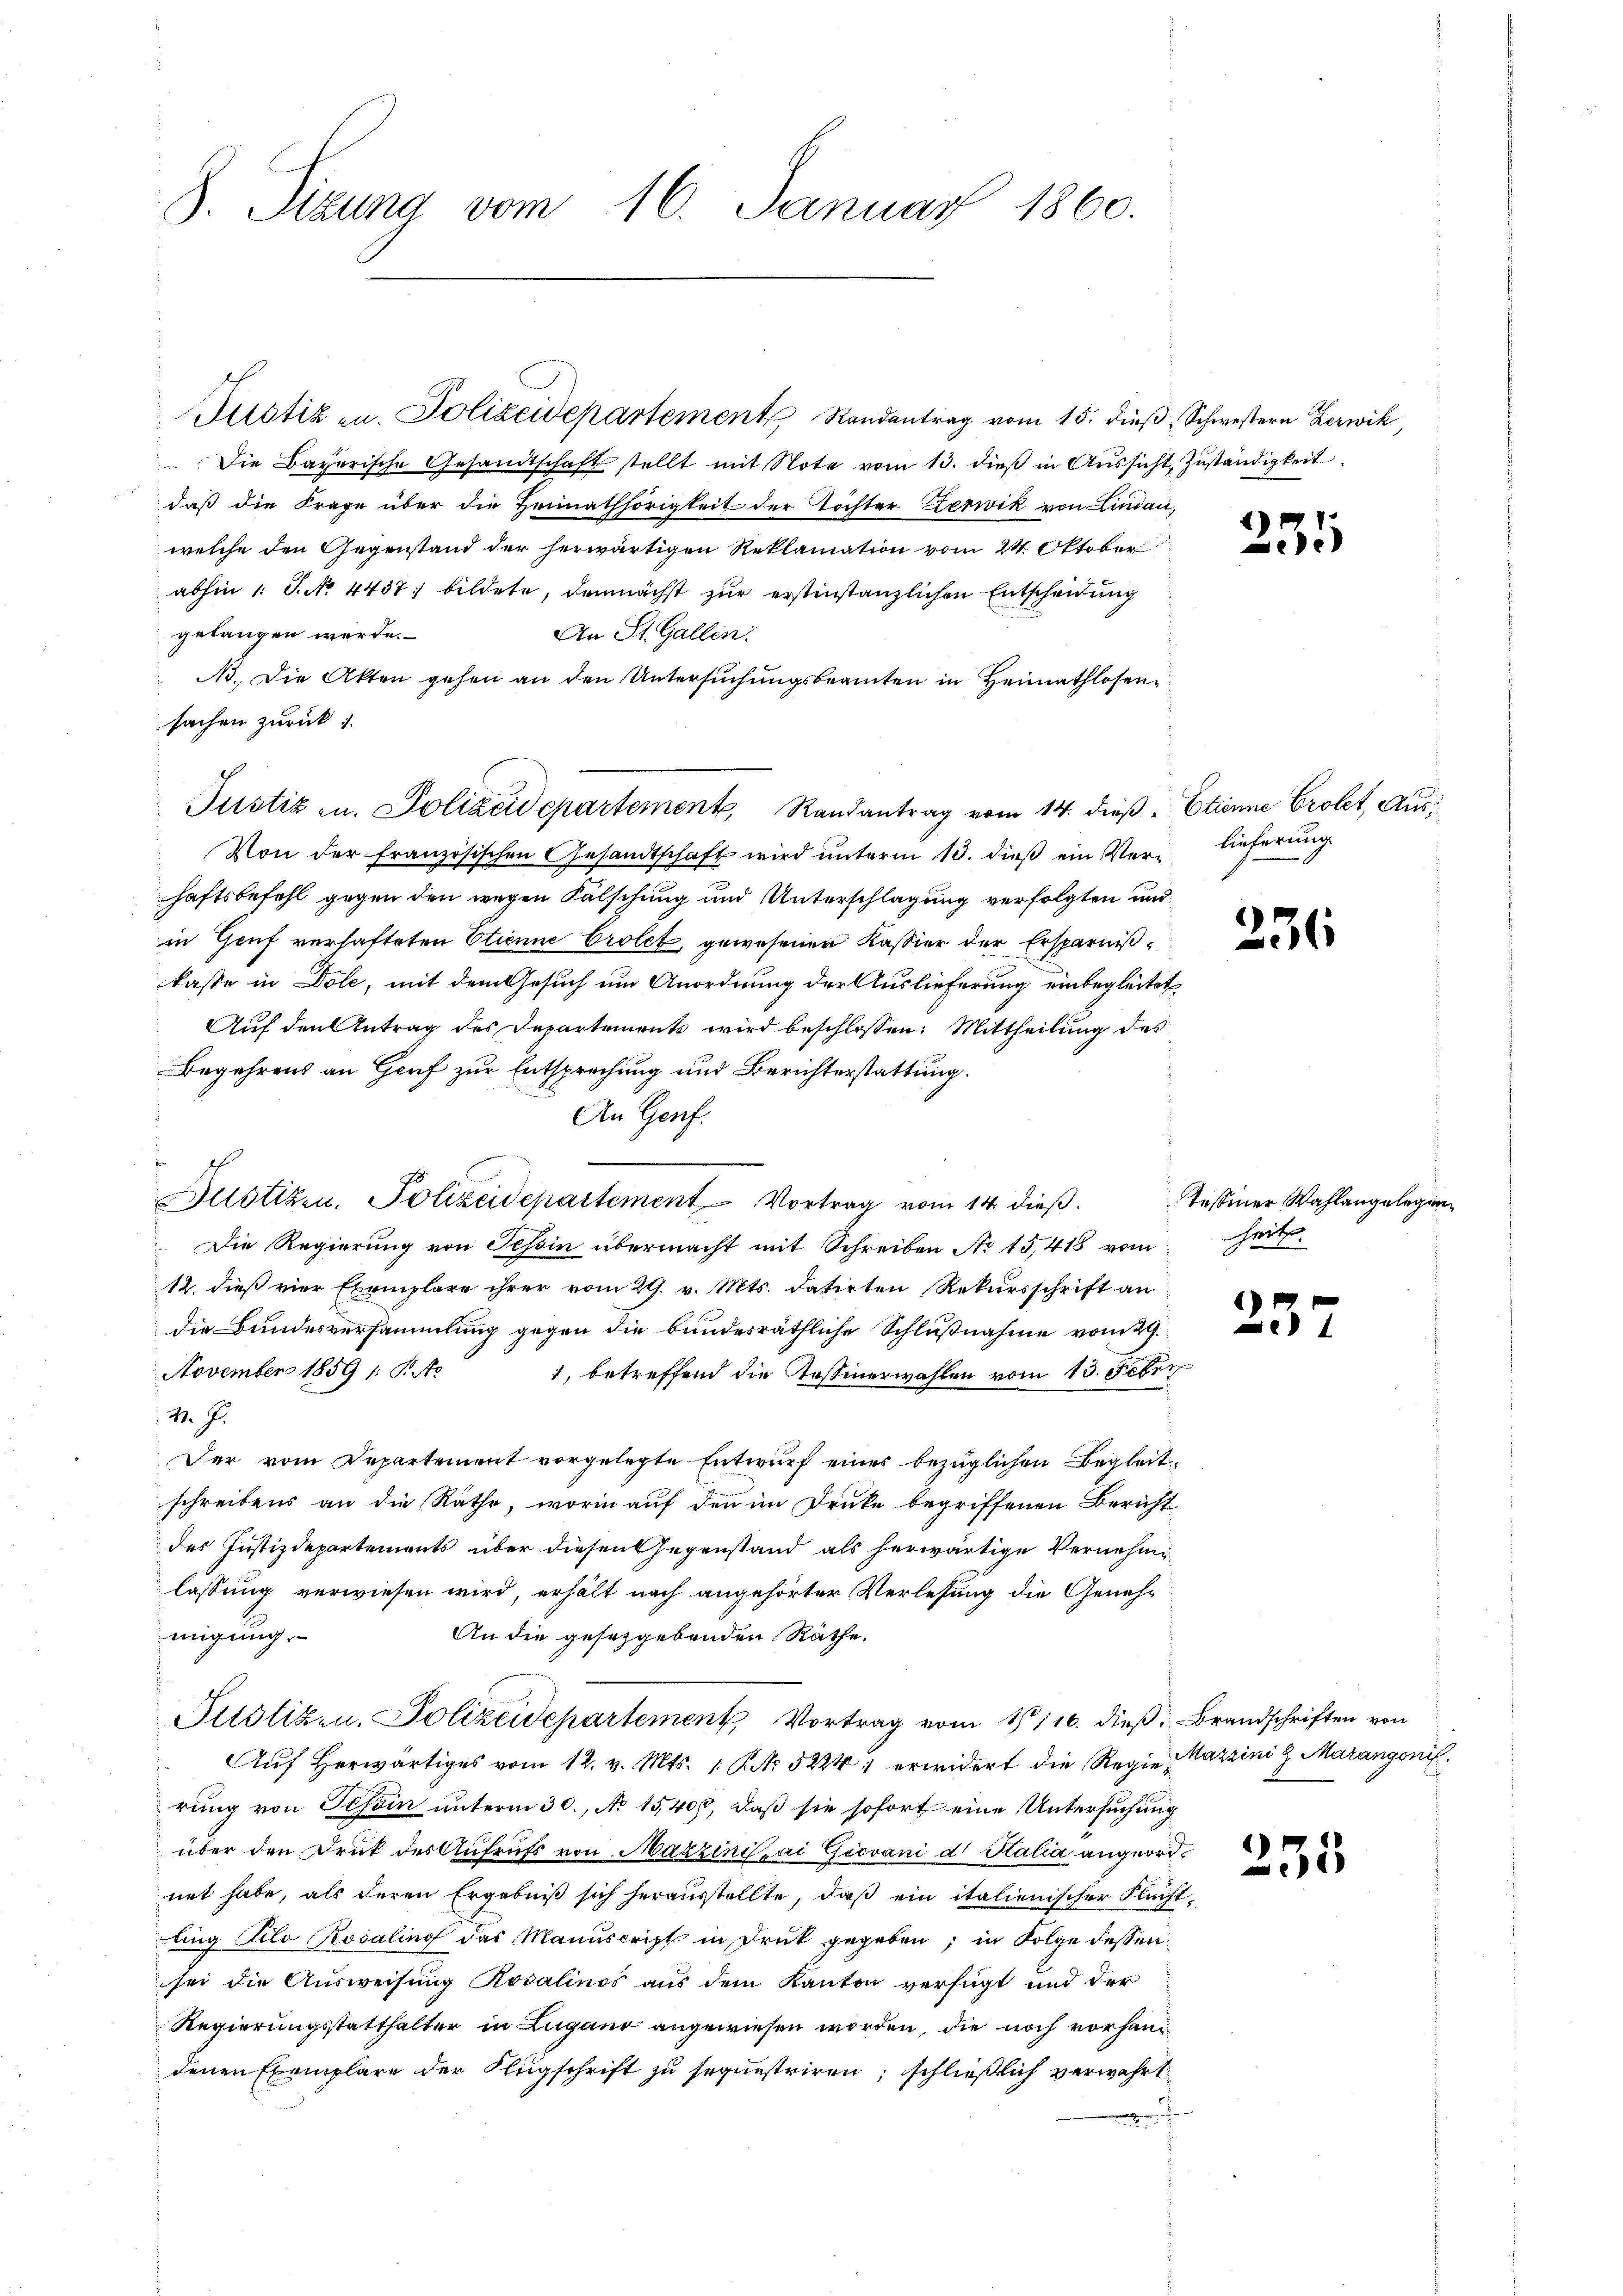
S. Tizung vom 16. Januar 1860.

Justiz u. Polizeidepartement Randentrag vom 15. dieß, Schwestern Zerwi
Die Bayerische Gesandtschaft stellt mit Note vom 13. dieβ in Aŭssicht Zŭständigkeit
daß die Frage über die Heimathörigkeit der Töchter Zerwik von Lindau,
welche den Gegenstand der herwärtigen Reklamation vom 24. Oktober
abhin 1 S. No. 4437. bildete, demnächst zur erstinstanzlichen Entscheidung
gelangen werde.
An St. Gallen.
N. Die Akten gehen an den Untersuchungsbeamten in Heimathlosensachen zurück 1.
Justiz u. Polizeidepartement, Randantrag vom 14. dieß. Etienne Crolet, Aus¬
Von der französischen Gesandtschaft wird ŭnterm 13. dieβ ein Ver- lieferung.
haftsbefehl gegen den wegen Fälschung und Unterschlagung verfolgten und
in Genf verhafteten Etienne Prolet, gewesener Kassier der Ersparnißkasse in Dole, mit dem Gesuch um Anordnung der Auslieferung einbegleitet,
Auf den Antrag des Departement wird beschlossen: Mittheilung des
Begehrens an Genf zur Entsprechung und Berichterstattung.
An Genf.
Bustizen, Polizeidepartement Vortrag vom 14. dieß.
Die Regierung von Tessin übermacht mit Schreiben No 15,418 vom heit
12. dieß vier Exemplare ihrer vom 29. v. Mts. datirten Rekursschrift an
die Bundesversammlung gegen die bundesräthliche Schlußnahme vom 29.
November 1859 1 S. Ar
1, betreffend die Tessinerwahlen vom 15. Feber
v. J.
Der vom Departement vorgelegte Entwurf eines bezüglichen Begleitschreibens an die Räthe, worin auf den im Druke begriffenen Bericht
des Justizdepartements über diesen Gegenstand als herwärtige Vernehmlassung verwiesen wird, erhält nach angehörter Verlesung die Geneh¬
An die gesetzgebenden Räthe.
migung.
Justizen, Polizeidepartement, Vortrag vom 1116. dieß. Brandschriften von
 Aŭf herwärtiges vom 12. v. Mts. 1. P. Nr. 5224, erwidert die Regie-Mazzini z Marangonis
rung von Tessin unterm 30. No 15,400, daß sie sofort eine Untersuchung
über den Druk des Aufrufs von Mazzindrai Giovani d. Stalia angeordnet habe, als deren Ergebniß sich herausstellte, daß ein italienischer Flucht
ling Kilo Rosaling das Manuscript in Druk gegeben; in Folge dessen
sei die Ausweisung Rosalinos aus dem Kanton verfügt und der
Regierungsstatthalter in Lugano angewiesen worden, die noch vorhandenen Exemplare der Klugschrift zu sequestriren; schließlich verwehrt
.

4
e

236

Tessiner Wahlangele

1
4

)
15